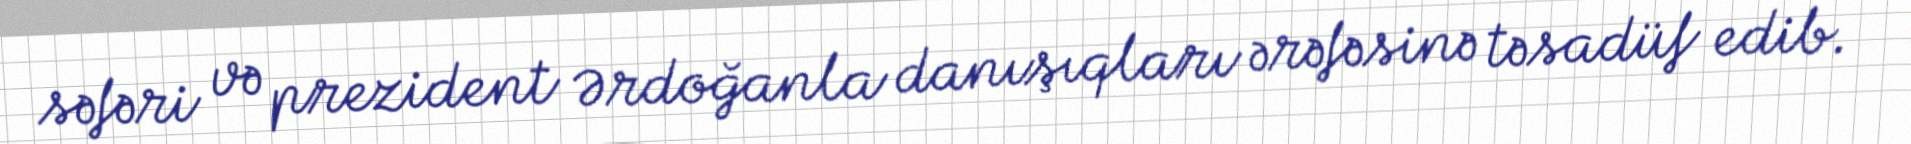
səfəri və prezident Ərdoğanla danışıqları ərəfəsinə təsadüf edib.